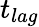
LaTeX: t_{lag}